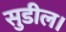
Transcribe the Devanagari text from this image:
सुडील।